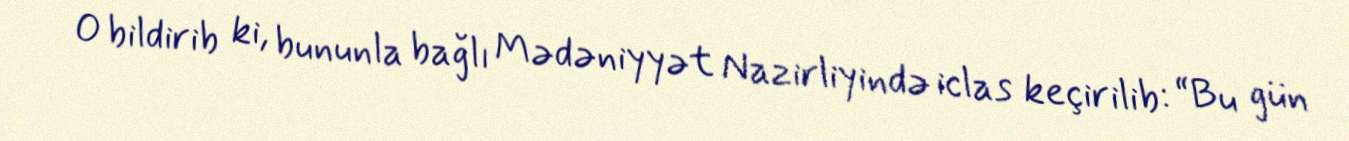
O bildirib ki, bununla bağlı Mədəniyyət Nazirliyində iclas keçirilib: “Bu gün